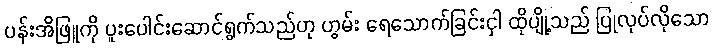
ပန်းအိဖြူကို ပူးပေါင်းဆောင်ရွက်သည်ဟု ဟွမ်း ရေသောက်ခြင်းငှါ ထိုပျို့သည် ပြုလုပ်လိုသော